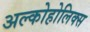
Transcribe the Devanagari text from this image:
अल्कोहोलिक्स